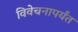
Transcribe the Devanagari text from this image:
विवेचनापर्यंत